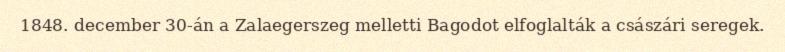
1848. december 30-án a Zalaegerszeg melletti Bagodot elfoglalták a császári seregek.